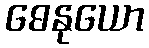
ဓေနုယော